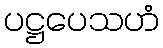
ပဋ္ဌပေသဟံ